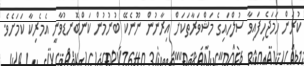
ކުރަން ހަމަޖެހިފައިވާ ސުލްހައިގެ މަޝްވަރާތަކަށް އިރާނުން ނޫނެކޭ ބުނުމުން ކަންބޮނޑުވާނީ އެމެރިކާ ކަމަށެވެ.